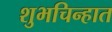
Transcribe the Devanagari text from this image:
शुभचिन्हात